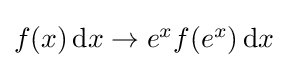
{\textstyle f(x)\,\mathrm {d} x\rightarrow e^{x}f(e^{x})\,\mathrm {d} x}